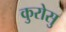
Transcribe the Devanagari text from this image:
कुरोसु